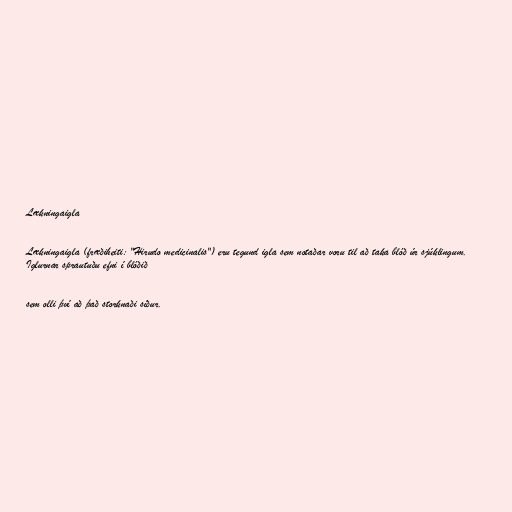
Lækningaigla

Lækningaigla (fræðiheiti: "Hirudo medicinalis") eru tegund igla sem notaðar voru til að taka blóð úr sjúklingum.
Iglurnar sprautuðu efni í blóðið

sem olli því að það storknaði síður.